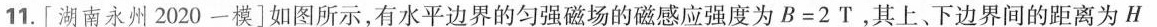
11.[湖南永州2020一模]如图所示，有水平边界的匀强磁场的磁感应强度为$$B = 2 T$$。其上、下边界间的距离为$$H